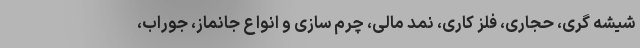
شیشه گری، حجاری، فلز کاری، نمد مالی، چرم سازی و انواع جانماز، جوراب،